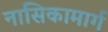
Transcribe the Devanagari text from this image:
नासिकामार्ग